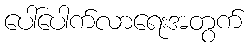
ပေါ်ပေါက်လာရေးအတွက်